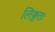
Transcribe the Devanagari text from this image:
लिङ्गतः